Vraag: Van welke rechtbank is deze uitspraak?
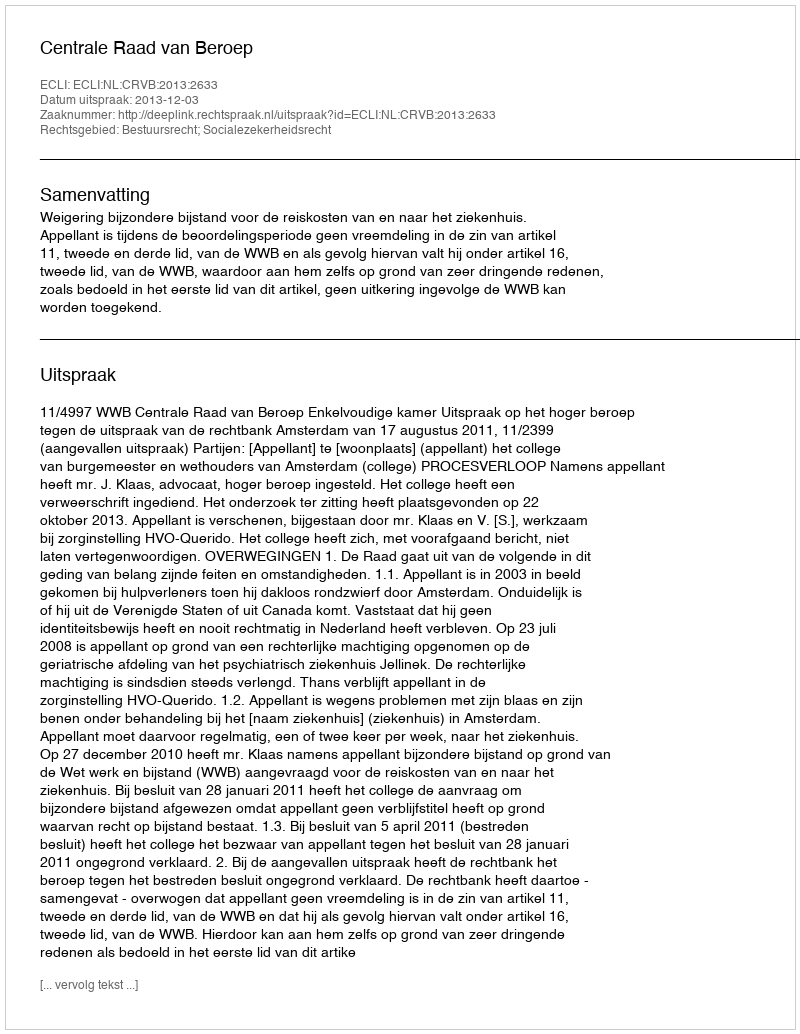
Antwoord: Centrale Raad van Beroep